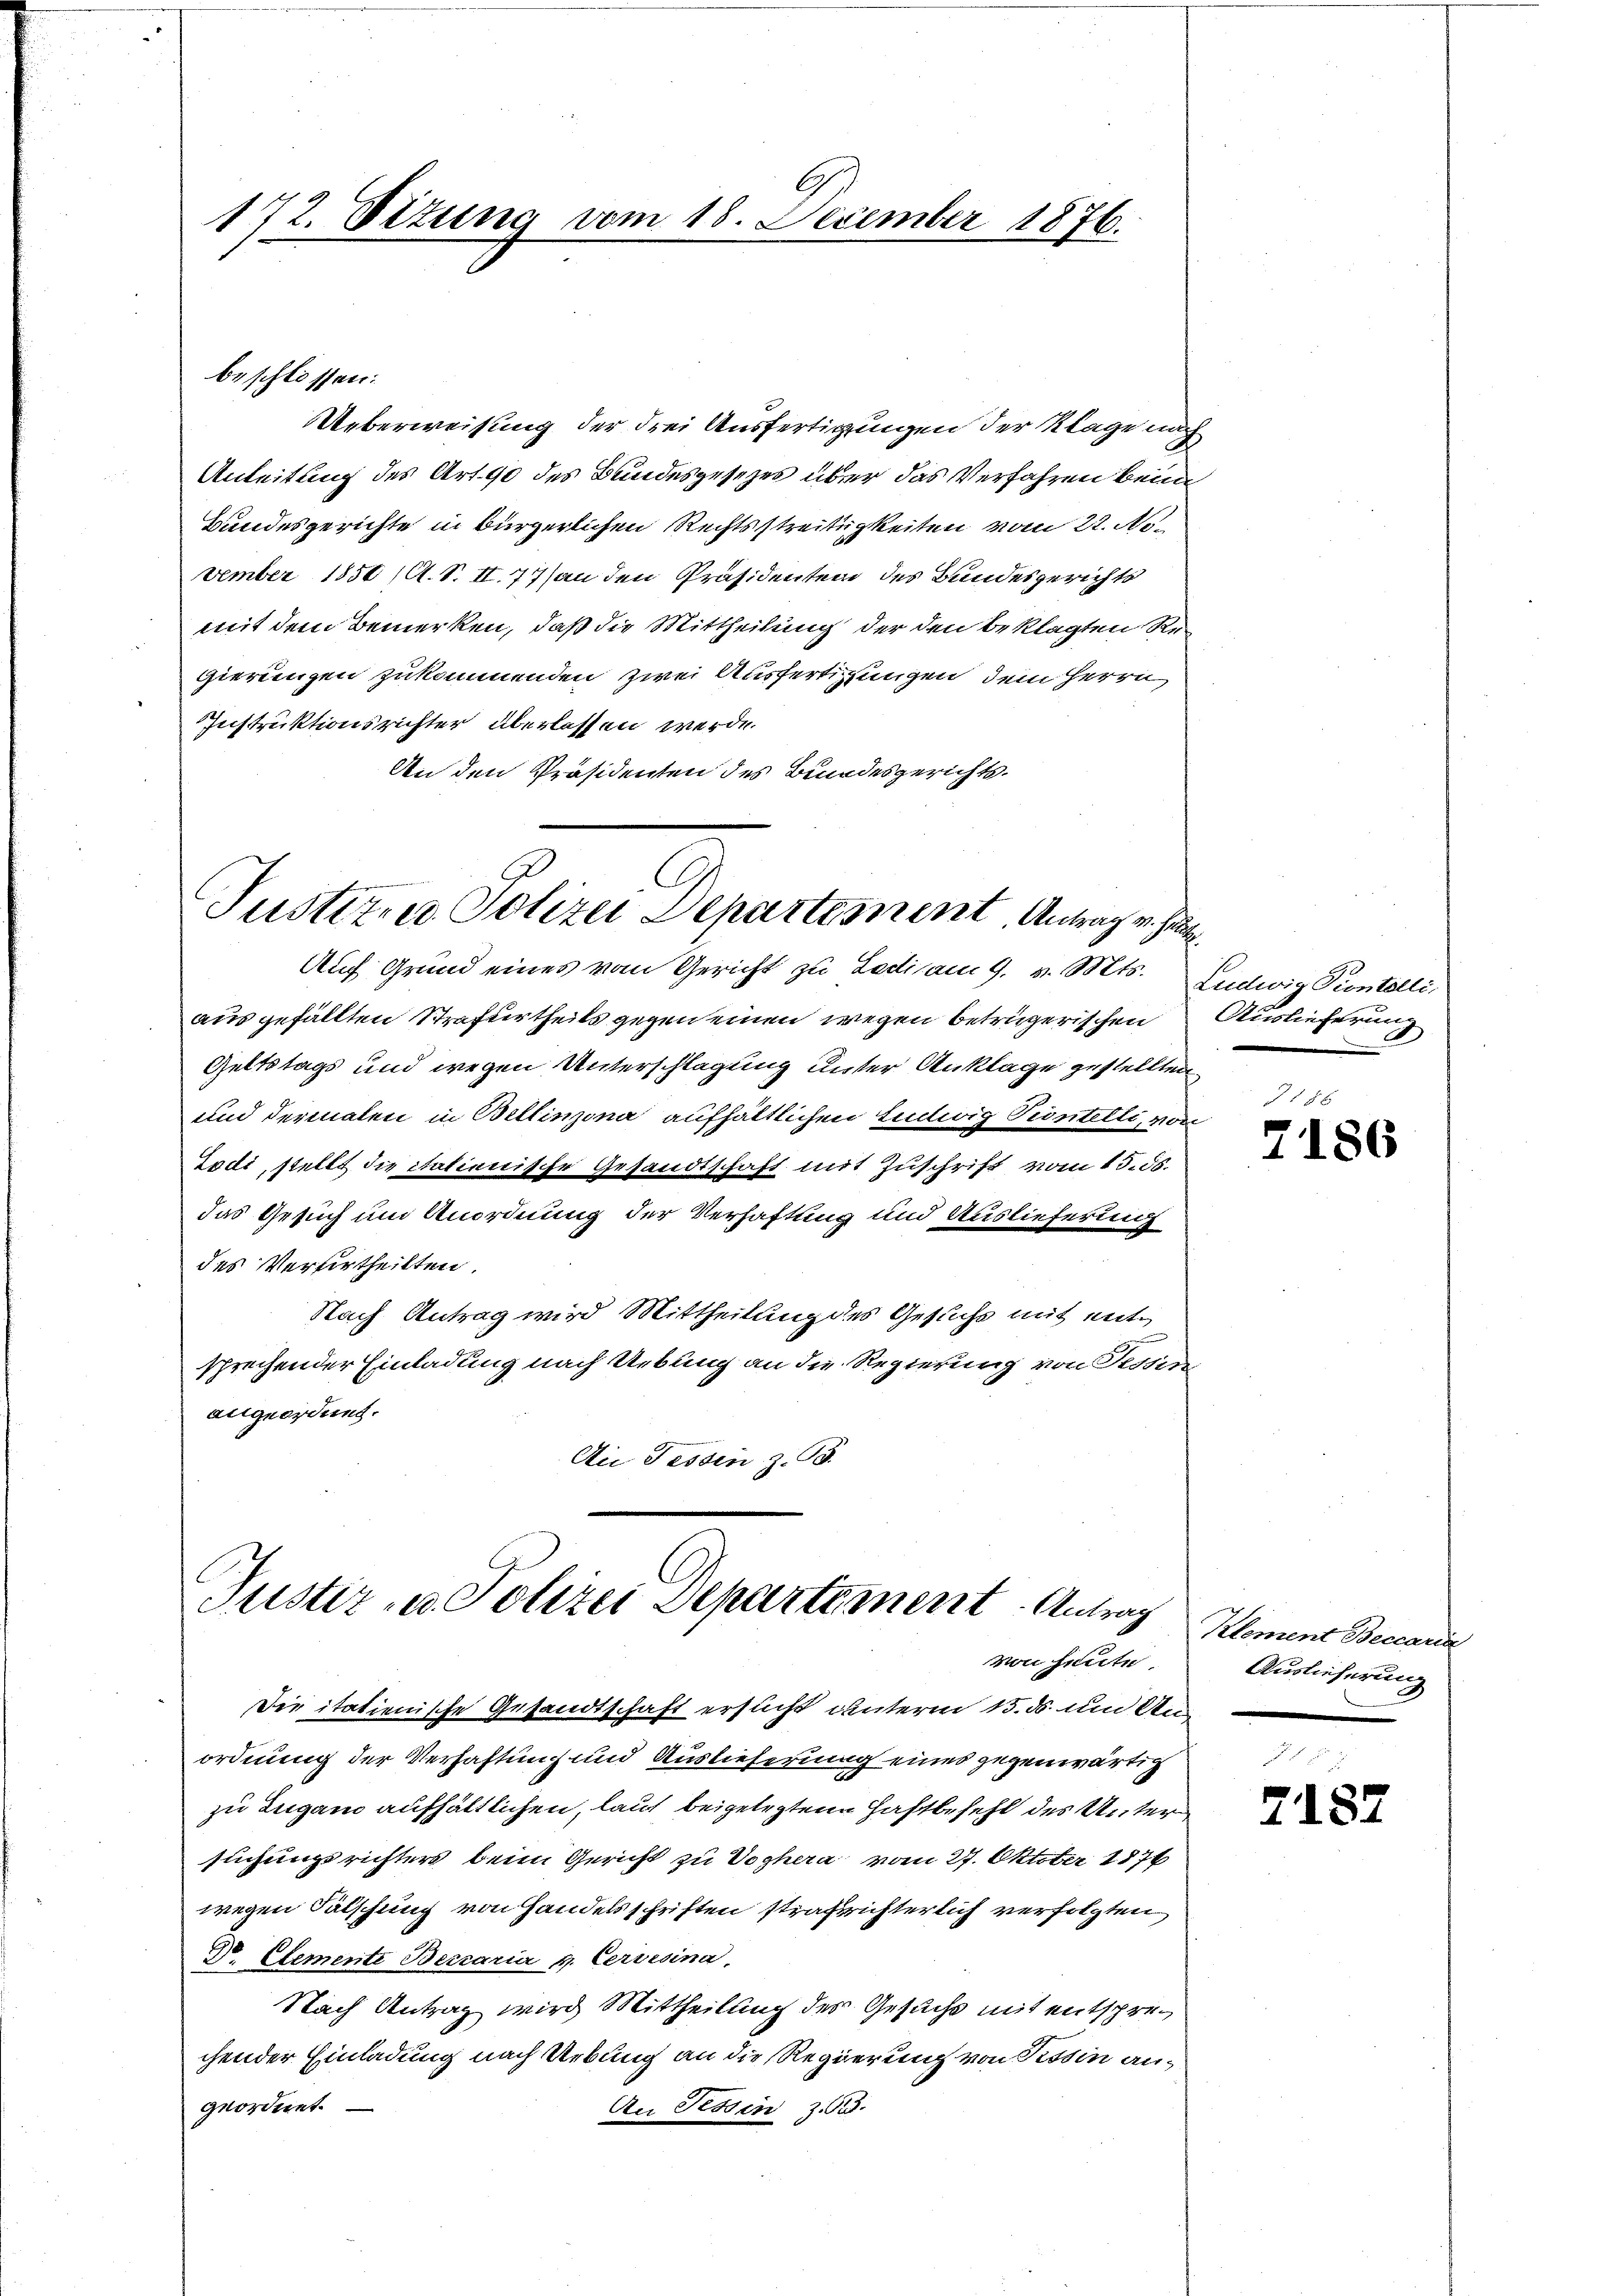
172. Situng vom 18. December 1876.

beschlossen:

Ueberweisung der drei Ausfertigungen der Klage nach
Anleitung des Art. 90 des Bundesgesetzes über das Verfahren beim
Bundesgerichte in bürgerlichen Rechtsstreitigkeiten vom 22. November 1850 (A. S. II. 77 (an den Präsidenten des Bundesgerichts
mit dem Bemerken, daß die Mittheilung der den beklagten Regierungen zukommenden zwei Ausfertigungen dem Herrn
Instruktionsrichter überlassen werde.
An den Präsidenten des Bundesgerichts.

A
Justiz- u Polizei Departement Antrag v. J.
Auf Grund eines vom Gericht zu Ladiam 9. v. Mts. Ludwig Scontelli,

aus gefällten Strafurtheils gegen einen wegen betrügerischen
Geltstags und wegen Unterschlagung unter Anklage gestellten
und dermalen in Bellinzona aufhältlichen Ludwig Teintelli, ve
Zodi, stellt die italienische Gesandtschaft mit Zuschrift vom 15. ds.
das Gesuch um Anordnung der Verhaftung und Auslieferung
des Verurtheilten.
Nach Antrag wird Mittheilung des Gesuchs mit entsprechender Einladung nach Uebung an die Regierung von Fessen
angeordnet.
Aii Tessin Z. 15.

Justiz- u. Polizei Departement. Antrag
von heute.

Die italienische Gesandtschaft ersucht unterm 15. ds. und Unordnung der Verhaftung und Auslieferung eines gegenwärtig
zu Zugano aufhältlichen, laut beigelegten Haftbefehl des Unter
suchungsrichters beim Gericht zu Voghera vom 27. Oktober 1876
wegen Fälschung von Handelsschriften strafrichterlich verfolgten
D Elemente Beccaria v. Cervesina
Nach Antrag wird Mittheilung des Gesuche mit entsprechender Einladung nach Uebung an die Regierung von Tessin angeordnet.
An Fessen z. 513.

E
Auslieferung

7186

Klement Beccaria
Auslieferung

7187